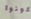
تكونوا